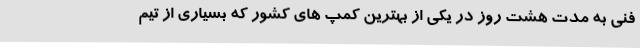
فنی به مدت هشت روز در یکی از بهترین کمپ های کشور که بسیاری از تیم